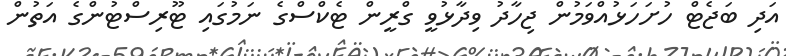
އަދި ބަޖެޓް ހުށަހަޅުއްވަމުން ޖިހާދު ވިދާޅުވީ ގްރީން ޓެކްސްގެ ނަމުގައި ޓޫރިސްޓުންގެ އަތުން